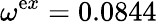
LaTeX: \omega^{\mathrm{e}x}=0.0844